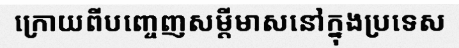
ក្រោយពីបញ្ចេញសម្តីមាសនៅក្នុងប្រទេស